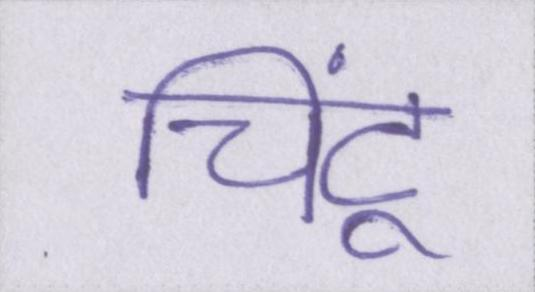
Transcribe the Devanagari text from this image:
चिंटू